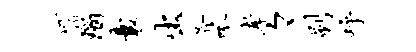
衍瑙囊出斧呱孝々刷呼